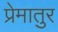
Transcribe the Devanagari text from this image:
प्रेमातुर